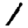
Digit: 1